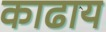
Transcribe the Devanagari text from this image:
काढाय